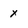
Character: x